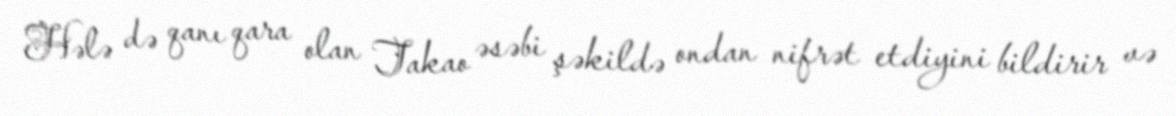
Hələ də qanı qara olan Takao əsəbi şəkildə ondan nifrət etdiyini bildirir və